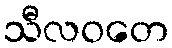
သီလဝတေ